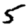
Digit: 5